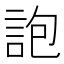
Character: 䛌